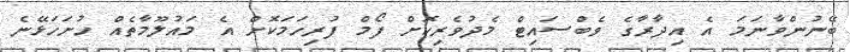
ބޭނުންވާނަމަ އެ އިދާރާގެ ވެބްސައިޓް މެދުވެރިކޮށް ފޯމް ފުރިހަމަކޮށް އެ މައުލޫމާތެއް ހުށަހަޅޭނެ